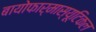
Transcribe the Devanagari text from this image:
बायोफार्मास्यूटिकल